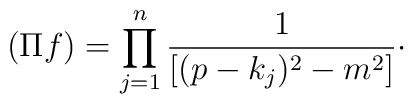
(\Pi f)=\prod_{j=1}^{n}\frac{1}{[(p-k_{j})^{2}-m^{2}]}\cdot